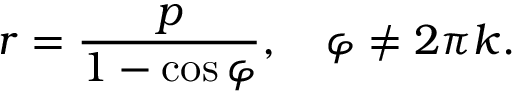
r = { \frac { p } { 1 - \cos \varphi } } , \quad \varphi \neq 2 \pi k .